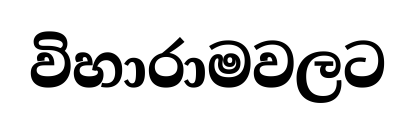
විහාරාමවලට